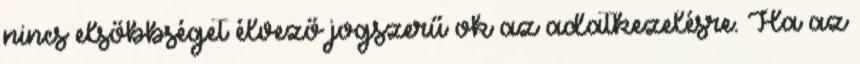
nincs elsőbbséget élvező jogszerű ok az adatkezelésre. Ha az